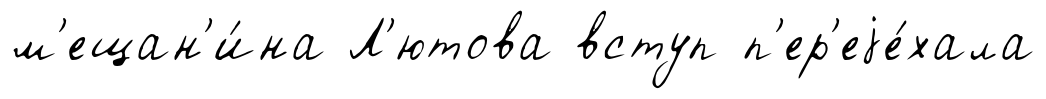
м'ещан'и́на Л'ютова вступ п'ер'еjе́хала